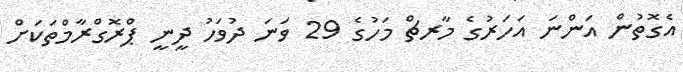
އެގޮތުން އަންނަ އަހަރުގެ މާރޗް މަހުގެ 29 ވަނަ ދުވަހު ދީީނީ ޕްރޮގްރާމްތަކަށް